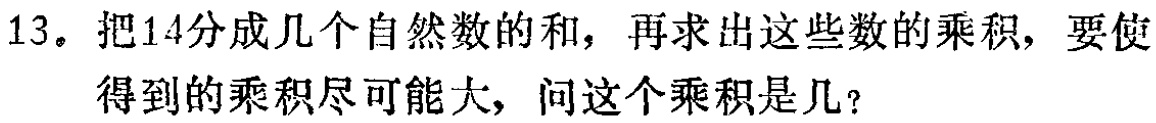
13。把14分成几个自然数的和，再求出这些数的乘积，要使得到的乘积尽可能大，问这个乘积是几？